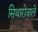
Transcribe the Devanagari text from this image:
सिथारोवाले